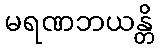
မရဏဘယန္တိ